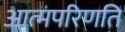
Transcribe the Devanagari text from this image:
आत्मपरिणति